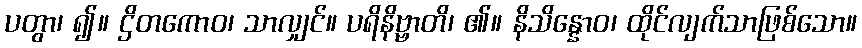
ပတွာ၊ ၍။ ဌိတကောဝ၊ သာလျှင်။ ပရိနိဗ္ဗာတိ၊ ၏။ နိသိန္နောဝ၊ ထိုင်လျက်သာဖြစ်သော။